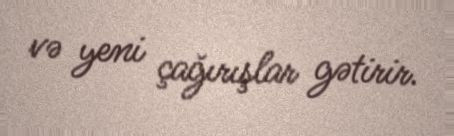
və yeni çağırışlar gətirir.